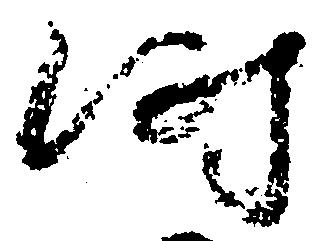
時